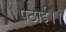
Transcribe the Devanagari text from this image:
पठाई।।